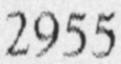
2955